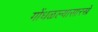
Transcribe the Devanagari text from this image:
गोंधळल्यासारखे